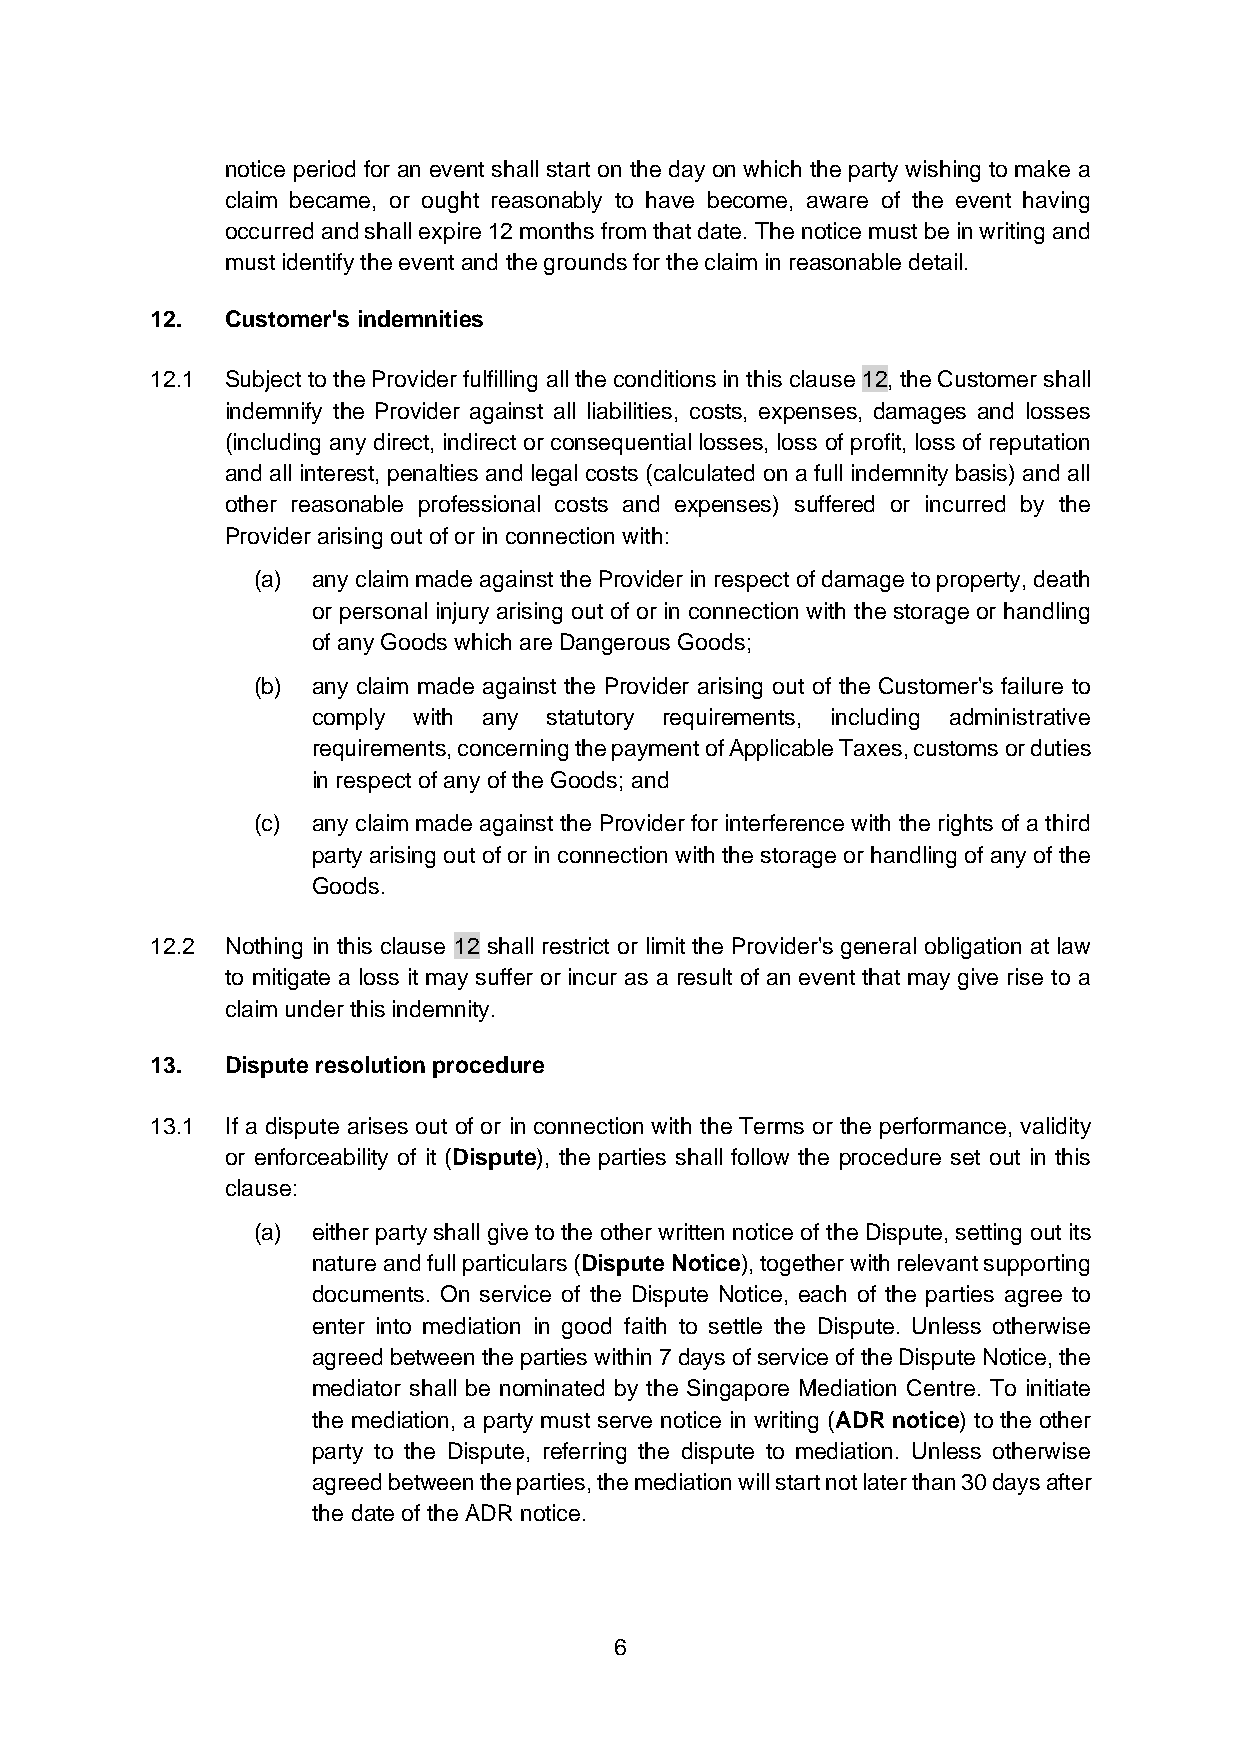
notice period for an event shall start on the day on which the party wishing to make a
 claim became, or ought reasonably to have become, aware of the event having
 occurred and shall expire 12 months from that date. The notice must be in writing and
 must identify the event and the grounds for the claim in reasonable detail.
 12.  Customer's indemnities
 12.1 Subject to the Provider fulfilling all the conditions in this clause 12, the Customer shall
 indemnify the Provider against all liabilities, costs, expenses, damages and losses
 (including any direct, indirect or consequential losses, loss of profit, loss of reputation
 and all interest, penalties and legal costs (calculated on a full indemnity basis) and all
 other reasonable professional costs and expenses) suffered or incurred by the
 Provider arising out of or in connection with:
 (a) any claim made against the Provider in respect of damage to property, death
 or personal injury arising out of or in connection with the storage or handling
 of any Goods which are Dangerous Goods;
 (b) any claim made against the Provider arising out of the Customer's failure to
 comply with any statutory requirements, including administrative
 requirements, concerning the payment of Applicable Taxes, customs or duties
 in respect of any of the Goods; and
 (c) any claim made against the Provider for interference with the rights of a third
 party arising out of or in connection with the storage or handling of any of the
 Goods.
 12.2 Nothing in this clause 12 shall restrict or limit the Provider's general obligation at law
 to mitigate a loss it may suffer or incur as a result of an event that may give rise to a
 claim under this indemnity.
 13.  Dispute resolution procedure
 13.1 If a dispute arises out of or in connection with the Terms or the performance, validity
 or enforceability of it (Dispute), the parties shall follow the procedure set out in this
 clause:
 (a) either party shall give to the other written notice of the Dispute, setting out its
 nature and full particulars (Dispute Notice), together with relevant supporting
 documents. On service of the Dispute Notice, each of the parties agree to
 enter into mediation in good faith to settle the Dispute. Unless otherwise
 agreed between the parties within 7 days of service of the Dispute Notice, the
 mediator shall be nominated by the Singapore Mediation Centre. To initiate
 the mediation, a party must serve notice in writing (ADR notice) to the other
 party to the Dispute, referring the dispute to mediation. Unless otherwise
 agreed between the parties, the mediation will start not later than 30 days after
 the date of the ADR notice.
 6